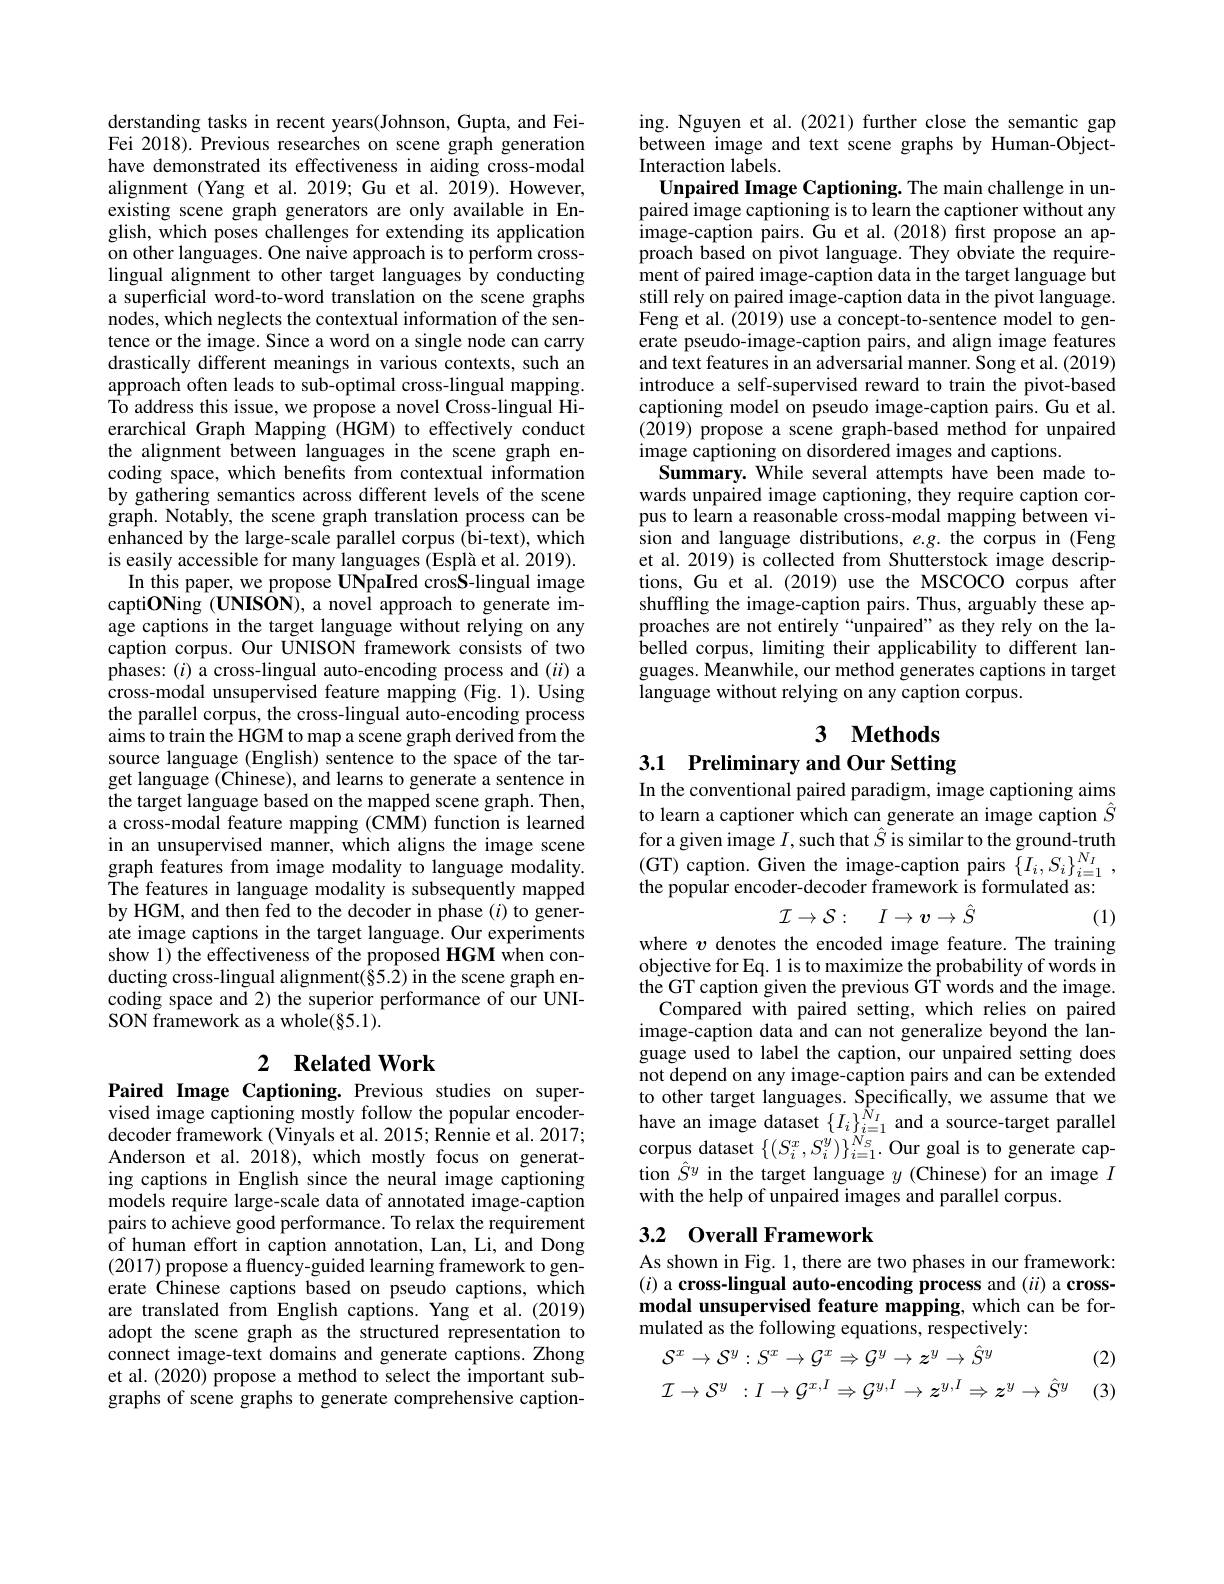
derstanding tasks in recent years(Johnson, Gupta, and FeiFei 2018). Previous researches on scene graph generation have demonstrated its effectiveness in aiding cross-modal alignment (Yang et al. 2019; Gu et al. 2019). However, existing scene graph generators are only available in English, which poses challenges for extending its application on other languages. One naive approach is to perform crosslingual alignment to other target languages by conducting a superficial word-to-word translation on the scene graphs nodes, which neglects the contextual information of the sentence or the image. Since a word on a single node can carry drastically different meanings in various contexts, such an approach often leads to sub-optimal cross-lingual mapping. To address this issue, we propose a novel Cross-lingual Hierarchical Graph Mapping (HGM) to effectively conduct the alignment between languages in the scene graph encoding space, which benefits from contextual information by gathering semantics across different levels of the scene graph. Notably, the scene graph translation process can be enhanced by the large-scale parallel corpus (bi-text), which is easily accessible for many languages (Esplà et al. 2019).
In this paper, we propose UNpaIred crosS-lingual image captiONing (UNISON), a novel approach to generate image captions in the target language without relying on any caption corpus. Our UNISON framework consists of two phases: $(i)$ a cross-lingual auto-encoding process and (ii) a cross-modal unsupervised feature mapping (Fig. 1). Using the parallel corpus, the cross-lingual auto-encoding process aims to train the HGM to map a scene graph derived from the source language (English) sentence to the space of the target language (Chinese), and learns to generate a sentence in the target language based on the mapped scene graph. Then, a cross-modal feature mapping (CMM) function is learned in an unsupervised manner, which aligns the image scene graph features from image modality to language modality. The features in language modality is subsequently mapped by HGM, and then fed to the decoder in phase $(i)$ to generate image captions in the target language. Our experiments show 1) the effectiveness of the proposed HGM when conducting cross-lingual alignment(§5.2) in the scene graph encoding space and 2) the superior performance of our UNISON framework as a whole(§5.1).

# 2 Related Work

Paired Image Captioning. Previous studies on supervised image captioning mostly follow the popular encoderdecoder framework (Vinyals et al. 2015; Rennie et al. 2017; Anderson et al. 2018), which mostly focus on generating captions in English since the neural image captioning models require large-scale data of annotated image-caption pairs to achieve good performance. To relax the requirement of human effort in caption annotation, Lan, Li, and Dong (2017) propose a fluency-guided learning framework to generate Chinese captions based on pseudo captions, which are translated from English captions. Yang et al. (2019) adopt the scene graph as the structured representation to connect image-text domains and generate captions. Zhong et al. (2020) propose a method to select the important subgraphs of scene graphs to generate comprehensive caption-

ing. Nguyen et al.(2021) further close the semantic gap between image and text scene graphs by Human-ObjectInteraction labels
Unpaired Image Captioning. The main challenge in unpaired image captioning is to learn the captioner without any ${\mathrm{image-caption~pairs.~Gu~et~al.~(2018)~first~propose~an~ap-}}$ proach based on pivot language. They obviate the requirement of paired image-caption data in the target language but still rely on paired image-caption data in the pivot language. Feng et al. (2019) use a concept-to-sentence model to generate pseudo-image-caption pairs, and align image features and text features in an adversarial manner. Song et al. (2019) introduce a self-supervised reward to train the pivot-based captioning model on pseudo image-caption pairs. Gu et al. (2019) propose a scene graph-based method for unpaired image captioning on disordered images and captions.
Summary. While several attempts have been made towards unpaired image captioning, they require caption corpus to learn a reasonable cross-modal mapping between vision and language distributions, e.g. the corpus in (Feng et al. 2019) is collected from Shutterstock image descriptions, Gu et al. (2019) use the MSCOCO corpus after shuffling the image-caption pairs. Thus, arguably these approaches are not entirely“unpaired”as they rely on the labelled corpus, limiting their applicability to different languages. Meanwhile, our method generates captions in target language without relying on any caption corpus.

3 $\textbf{Methods}$
3.1 Preliminary and Our Setting

In the conventional paired paradigm, image captioning aims to learn a captioner which can generate an image caption $\hat{S}$ $\begin{array}{l}{\mathrm{for~a~given~image~}I,\mathrm{such~that~}\hat{S}\text{ is similar to the ground-truth}}\\{(\mathrm{GT)~caption.~Given~the~image-caption~pairs~}\{I_{i},S_{i}\}_{i=1}^{N_{I}},}\\{\mathrm{the~nonular~encoder.decoder~framework~is~formulated~as}.}\end{array}$ the popular encoder-decoder framework is formulated as:
$$\mathcal{I}\to\mathcal{S}:\quad I\to v\to\hat{S}$$
(1)

where $v$ denotes the encoded image feature. The training objective for Eq. 1 is to maximize the probability of words in the GT caption given the previous GT words and the image.
Compared with paired setting, which relies on paired image-caption data and can not generalize beyond the language used to label the caption, our unpaired setting does not depend on any image-caption pairs and can be extended to other target languages. Specifically, we assume that we have an image dataset $\{I_i\}_{i=1}^{\hat{N}_I}$ and a source-target parallel corpus dataset $\{(S_i^x,S_i^y)\}_{i=1}^{N_S}.$ Our goal is to generate cap- $\hat{\text{tion }\hat{S}}^{y}$in the target language $y$ (Chinese) for an image $I$ with the help of unpaired images and parallel corpus.

# 3.2 Overall Framework

As shown in Fig. 1, there are two phases in our framework: $(i)$ a cross- lingual auto-encoding process and (ii) a crossmodal unsupervised feature mapping, which can be formulated as the following equations, respectively:
$$\begin{aligned}&\mathcal{S}^{x}\to\mathcal{S}^{y}:S^{x}\to\mathcal{G}^{x}\Rightarrow\mathcal{G}^{y}\to z^{y}\to\hat{S}^{y}\\&\mathcal{I}\to\mathcal{S}^{y}\::I\to\mathcal{G}^{x,I}\Rightarrow\mathcal{G}^{y,I}\to z^{y,I}\Rightarrow z^{y}\to\hat{S}^{y}\end{aligned}$$
(2)

(3)